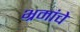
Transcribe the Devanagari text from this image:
भ्रमांचे